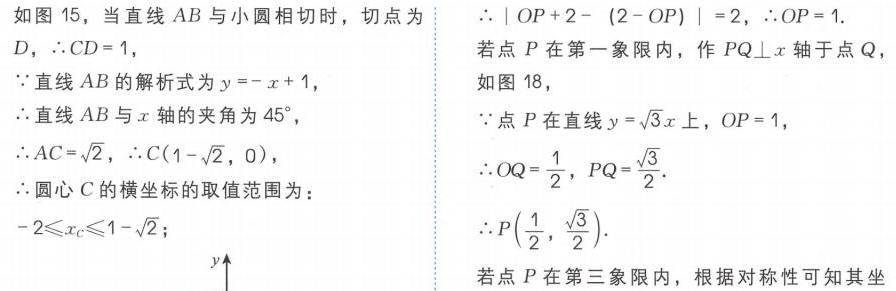
如图 15，当直线 \(AB\) 与小圆相切时，切点为 \(D\)，\(\therefore CD = 1\)，
\(\because\)直线 \(AB\) 的解析式为 \(y=-x + 1\)，
\(\therefore\)直线 \(AB\) 与 \(x\) 轴的夹角为 \(45^{\circ}\)，
\(\therefore AC=\sqrt{2}\)，\(\therefore C(1 - \sqrt{2},0)\)，
\(\therefore\)圆心 \(C\) 的横坐标的取值范围为：\(-2\leqslant x_{C}\leqslant1-\sqrt{2}\)；

\(\therefore\vert OP + 2-(2 - OP)\vert=2\)，\(\therefore OP = 1\).
若点 \(P\) 在第一象限内，作 \(PQ\perp x\) 轴于点 \(Q\)，
如图 18，
\(\because\)点 \(P\) 在直线 \(y = \sqrt{3}x\) 上，\(OP = 1\)，
\(\therefore OQ=\frac{1}{2}\)，\(PQ=\frac{\sqrt{3}}{2}\).
\(\therefore P(\frac{1}{2},\frac{\sqrt{3}}{2})\).
若点 \(P\) 在第三象限内，根据对称性可知其坐